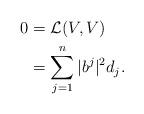
LaTeX: \begin{align*} \begin{aligned} 0 &= \mathcal L(V, V)\\&=\sum_{j=1}^n |b^j|^2 d_j.\end{aligned}\end{align*}